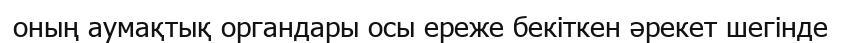
оның аумақтық органдары осы ереже бекіткен әрекет шегінде